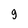
Character: g